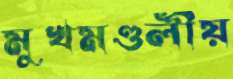
মুখমণ্ডলীয়